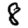
Digit: 8